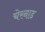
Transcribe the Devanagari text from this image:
चेरनाड